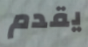
يقدم